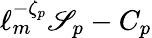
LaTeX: \ell_{m}^{-\zeta_{p}}\mathscr{S}_{p}-C_{p}